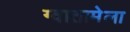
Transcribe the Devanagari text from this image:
ग्वातामेला